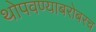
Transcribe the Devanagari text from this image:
थोपवण्याबरोबरच